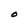
Character: O